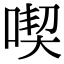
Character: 喫